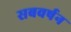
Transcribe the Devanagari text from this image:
सबवर्षन